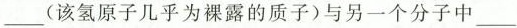
___(该氢原子几乎为裸露的质子)与另一个分子中___